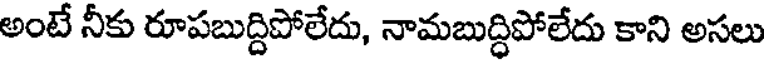
అంటే నీకు రూపబుద్దిపోలేదు, నామబుద్ధిపోలేదు కాని అసలు